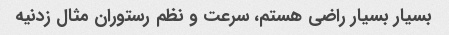
بسیار بسیار راضی هستم، سرعت و نظم رستوران مثال زدنیه